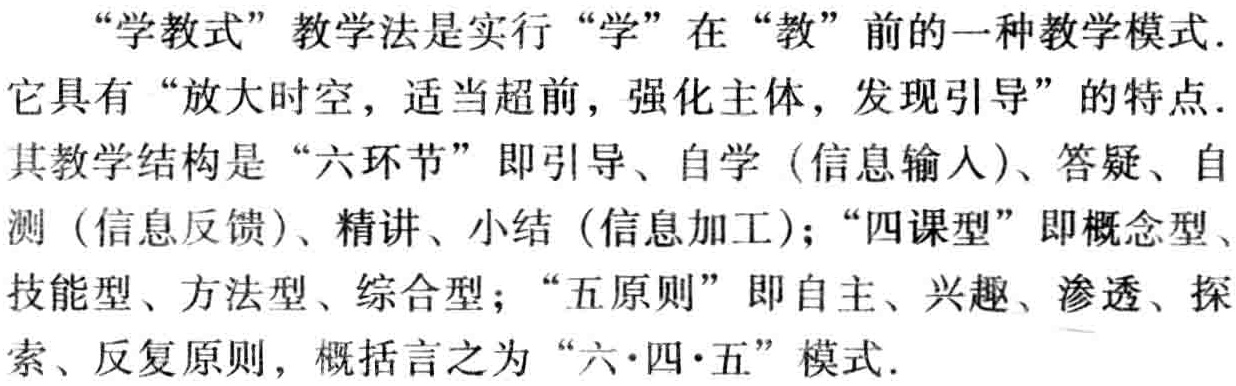
“学教式”教学法是实行“学”在“教”前的一种教学模式.

它具有“放大时空，适当超前，强化主体，发现引导”的特点.

其教学结构是“六环节”即引导、自学（信息输入）、答疑、自

测（信息反馈）、精讲、小结（信息加工）；“四课型”即概念型、

技能型、方法型、综合型；“五原则”即自主、兴趣、渗透、探

索、反复原则，概括言之为“六·四·五”模式.